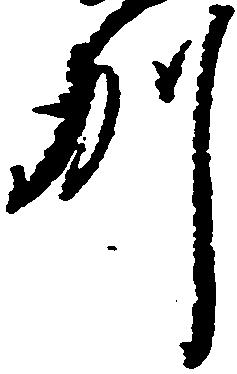
州